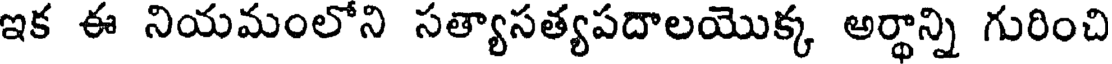
ఇక ఈ నియమంలోని సత్యాసత్యపదాలయొక్క అర్థాన్ని గురించి